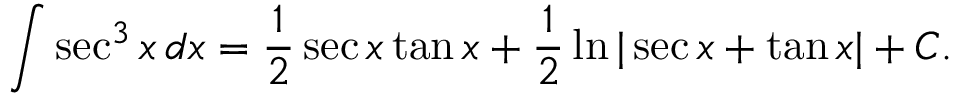
\int \sec ^ { 3 } { x } \, d x = { \frac { 1 } { 2 } } \sec x \tan x + { \frac { 1 } { 2 } } \ln | \sec x + \tan x | + C .